Vaccination in the Punjab 1883-1896 - 1883-1896
Year: 1883
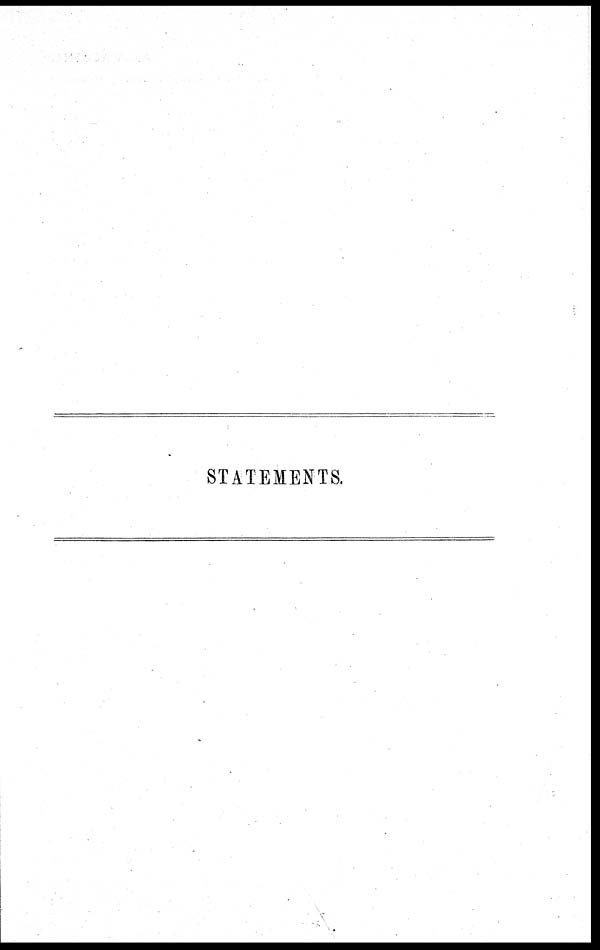
STATEMENTS.